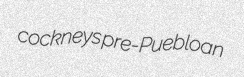
cockneys pre-Puebloan